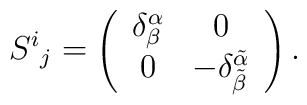
S^i{}_j = \left( \begin{array}{cc} \delta^{\alpha}_{\beta} & 0 \\ 0 &-\delta^{\tilde{\alpha}}_{\tilde{\beta}} \end{array} \right) .